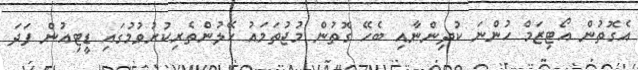
އެގޮތުން އޯޓިޒަމް ހުންނަ ކުދިންނާއި ބެހޭ ގޮތުން މުޖުތަމައު ހޭލުންތެރިކުރުވުމުގައި ޑީޓިއުން ފަދަ